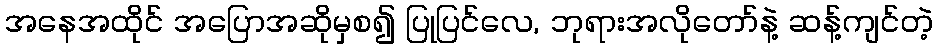
အနေအထိုင် အပြောအဆိုမှစ၍ ပြုပြင်လေ, ဘုရားအလိုတော်နဲ့ ဆန့်ကျင်တဲ့